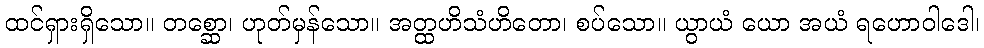
ထင်ရှားရှိသော။ တစ္ဆော၊ ဟုတ်မှန်သော။ အတ္ထဟိသံဟိတော၊ စပ်သော။ ယွာယံ ယော အယံ ရဟောဝါဒေါ၊